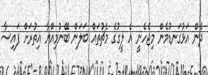
ދެން އަޅުގަނޑުމެން މިޖެހެނީ އެ ލީގުގެ މެޗުތައް ބަލަން ބޭނުމިއްޔާ އިތުރަށް ފައިސާ